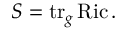
S = \operatorname { t r } _ { g } \operatorname { R i c } .